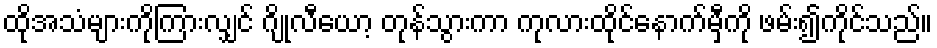
ထိုအသံများကိုကြားလျှင် ဂျိုလီယော့ တုန်သွားကာ ကုလားထိုင်နောက်မှီကို ဖမ်း၍ကိုင်သည်။